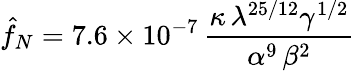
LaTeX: \hat{f}_{N}=7.6\times 10^{-7}\, \frac{\kappa\, \lambda^{25/12}\gamma^{1/2}}{\alpha^{9}\, \beta^{2}}